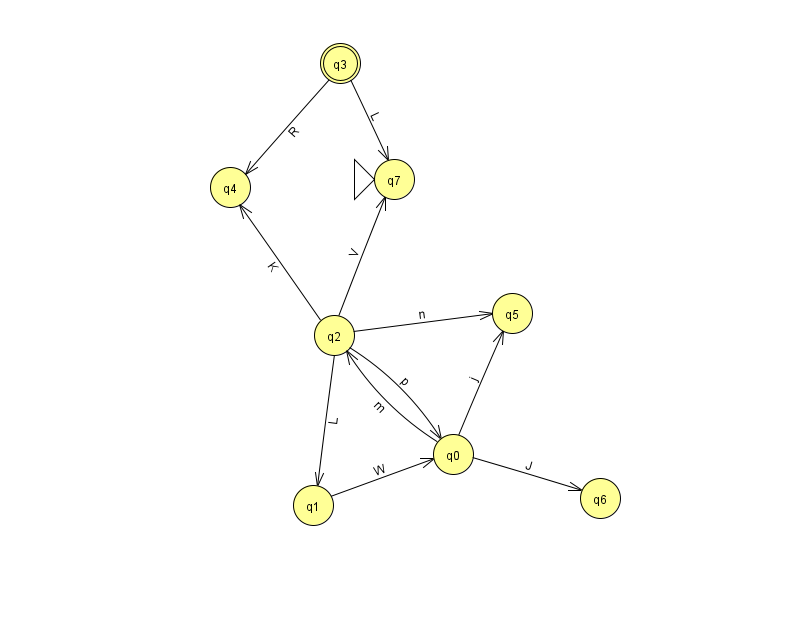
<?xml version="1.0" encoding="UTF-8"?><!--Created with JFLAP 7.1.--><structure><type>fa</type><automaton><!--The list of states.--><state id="0" name="q0"><x>453.0</x><y>441.0</y></state><state id="1" name="q1"><x>313.0</x><y>492.0</y></state><state id="2" name="q2"><x>334.0</x><y>322.0</y></state><state id="3" name="q3"><x>340.0</x><y>50.0</y><final/></state><state id="4" name="q4"><x>230.0</x><y>174.0</y></state><state id="5" name="q5"><x>512.0</x><y>300.0</y></state><state id="6" name="q6"><x>600.0</x><y>485.0</y></state><state id="7" name="q7"><x>394.0</x><y>166.0</y><initial/></state><!--The list of transitions.--><transition><from>1</from><to>0</to><read>W</read></transition><transition><from>2</from><to>1</to><read>L</read></transition><transition><from>0</from><to>5</to><read>j</read></transition><transition><from>0</from><to>6</to><read>J</read></transition><transition><from>0</from><to>2</to><read>m</read></transition><transition><from>2</from><to>5</to><read>n</read></transition><transition><from>3</from><to>7</to><read>L</read></transition><transition><from>2</from><to>0</to><read>p</read></transition><transition><from>2</from><to>4</to><read>K</read></transition><transition><from>2</from><to>7</to><read>V</read></transition><transition><from>3</from><to>4</to><read>R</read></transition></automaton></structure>